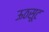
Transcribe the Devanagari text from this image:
ऊठसूट